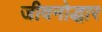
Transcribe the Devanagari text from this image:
जीवनोद्धार